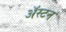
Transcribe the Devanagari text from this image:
अॅस्टन